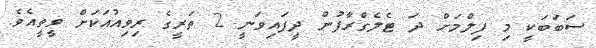
ސަބަބަކީ މި ފިލްމަށް ދަ ޓެލެގްރާފުން ދީފައިވަނީ 2 ތަރީގެ ރިވިއުއަކަށް ވީތީއެވެ.